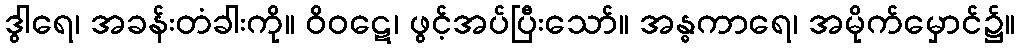
ဒွါရေ၊ အခန်းတံခါးကို။ ဝိဝဋေ၊ ဖွင့်အပ်ပြီးသော်။ အန္ဓကာရေ၊ အမိုက်မှောင်၌။